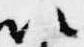
以